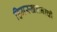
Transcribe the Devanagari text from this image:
हिमस्खलनाची